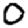
Digit: 0